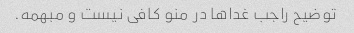
توضیح راجب غدا‌ها در منو کافی نیست و مبهمه.